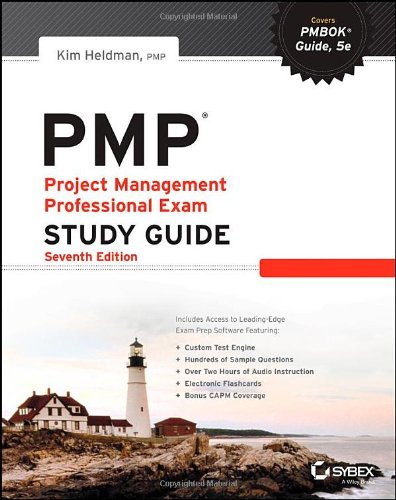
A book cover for PMP: Project Management Professional Exam Study Guide; Kim Heldman; Test Preparation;